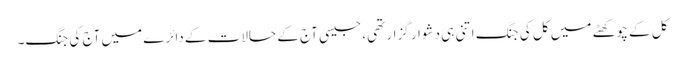
کل کے چوکھٹے میں کل کی جنگ اتنی ہی دشوار گزار تھی، جیسی آج کے حالات کے دائرے میں آج کی جنگ۔